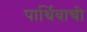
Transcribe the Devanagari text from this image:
पार्थिवाची